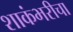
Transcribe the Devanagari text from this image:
शाकंभरीचा